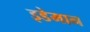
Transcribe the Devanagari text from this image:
इडेमान